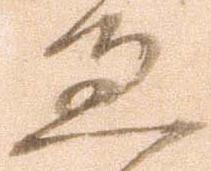
過